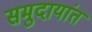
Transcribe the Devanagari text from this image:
समुदायांत